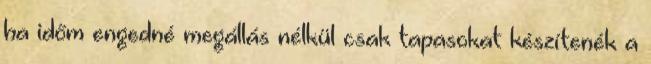
ha időm engedné megállás nélkül csak tapasokat készítenék a